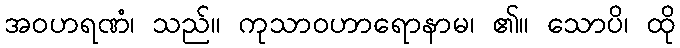
အဝဟရဏံ၊ သည်။ ကုသာဝဟာရောနာမ၊ ၏။ သောပိ၊ ထို